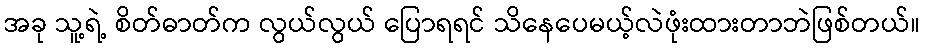
အခု သူ့ရဲ့ စိတ်ဓာတ်က လွယ်လွယ် ပြောရရင် သိနေပေမယ့်လဲဖုံးထားတာဘဲဖြစ်တယ်။